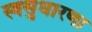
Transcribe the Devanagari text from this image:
स्वसुधारणा